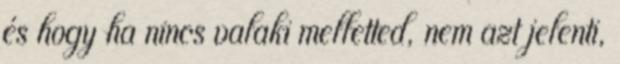
és hogy ha nincs valaki melletted, nem azt jelenti,